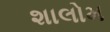
શાલોમ